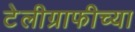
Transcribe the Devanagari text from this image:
टेलीग्राफीच्या